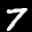
Label: 7